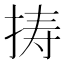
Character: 𢭏